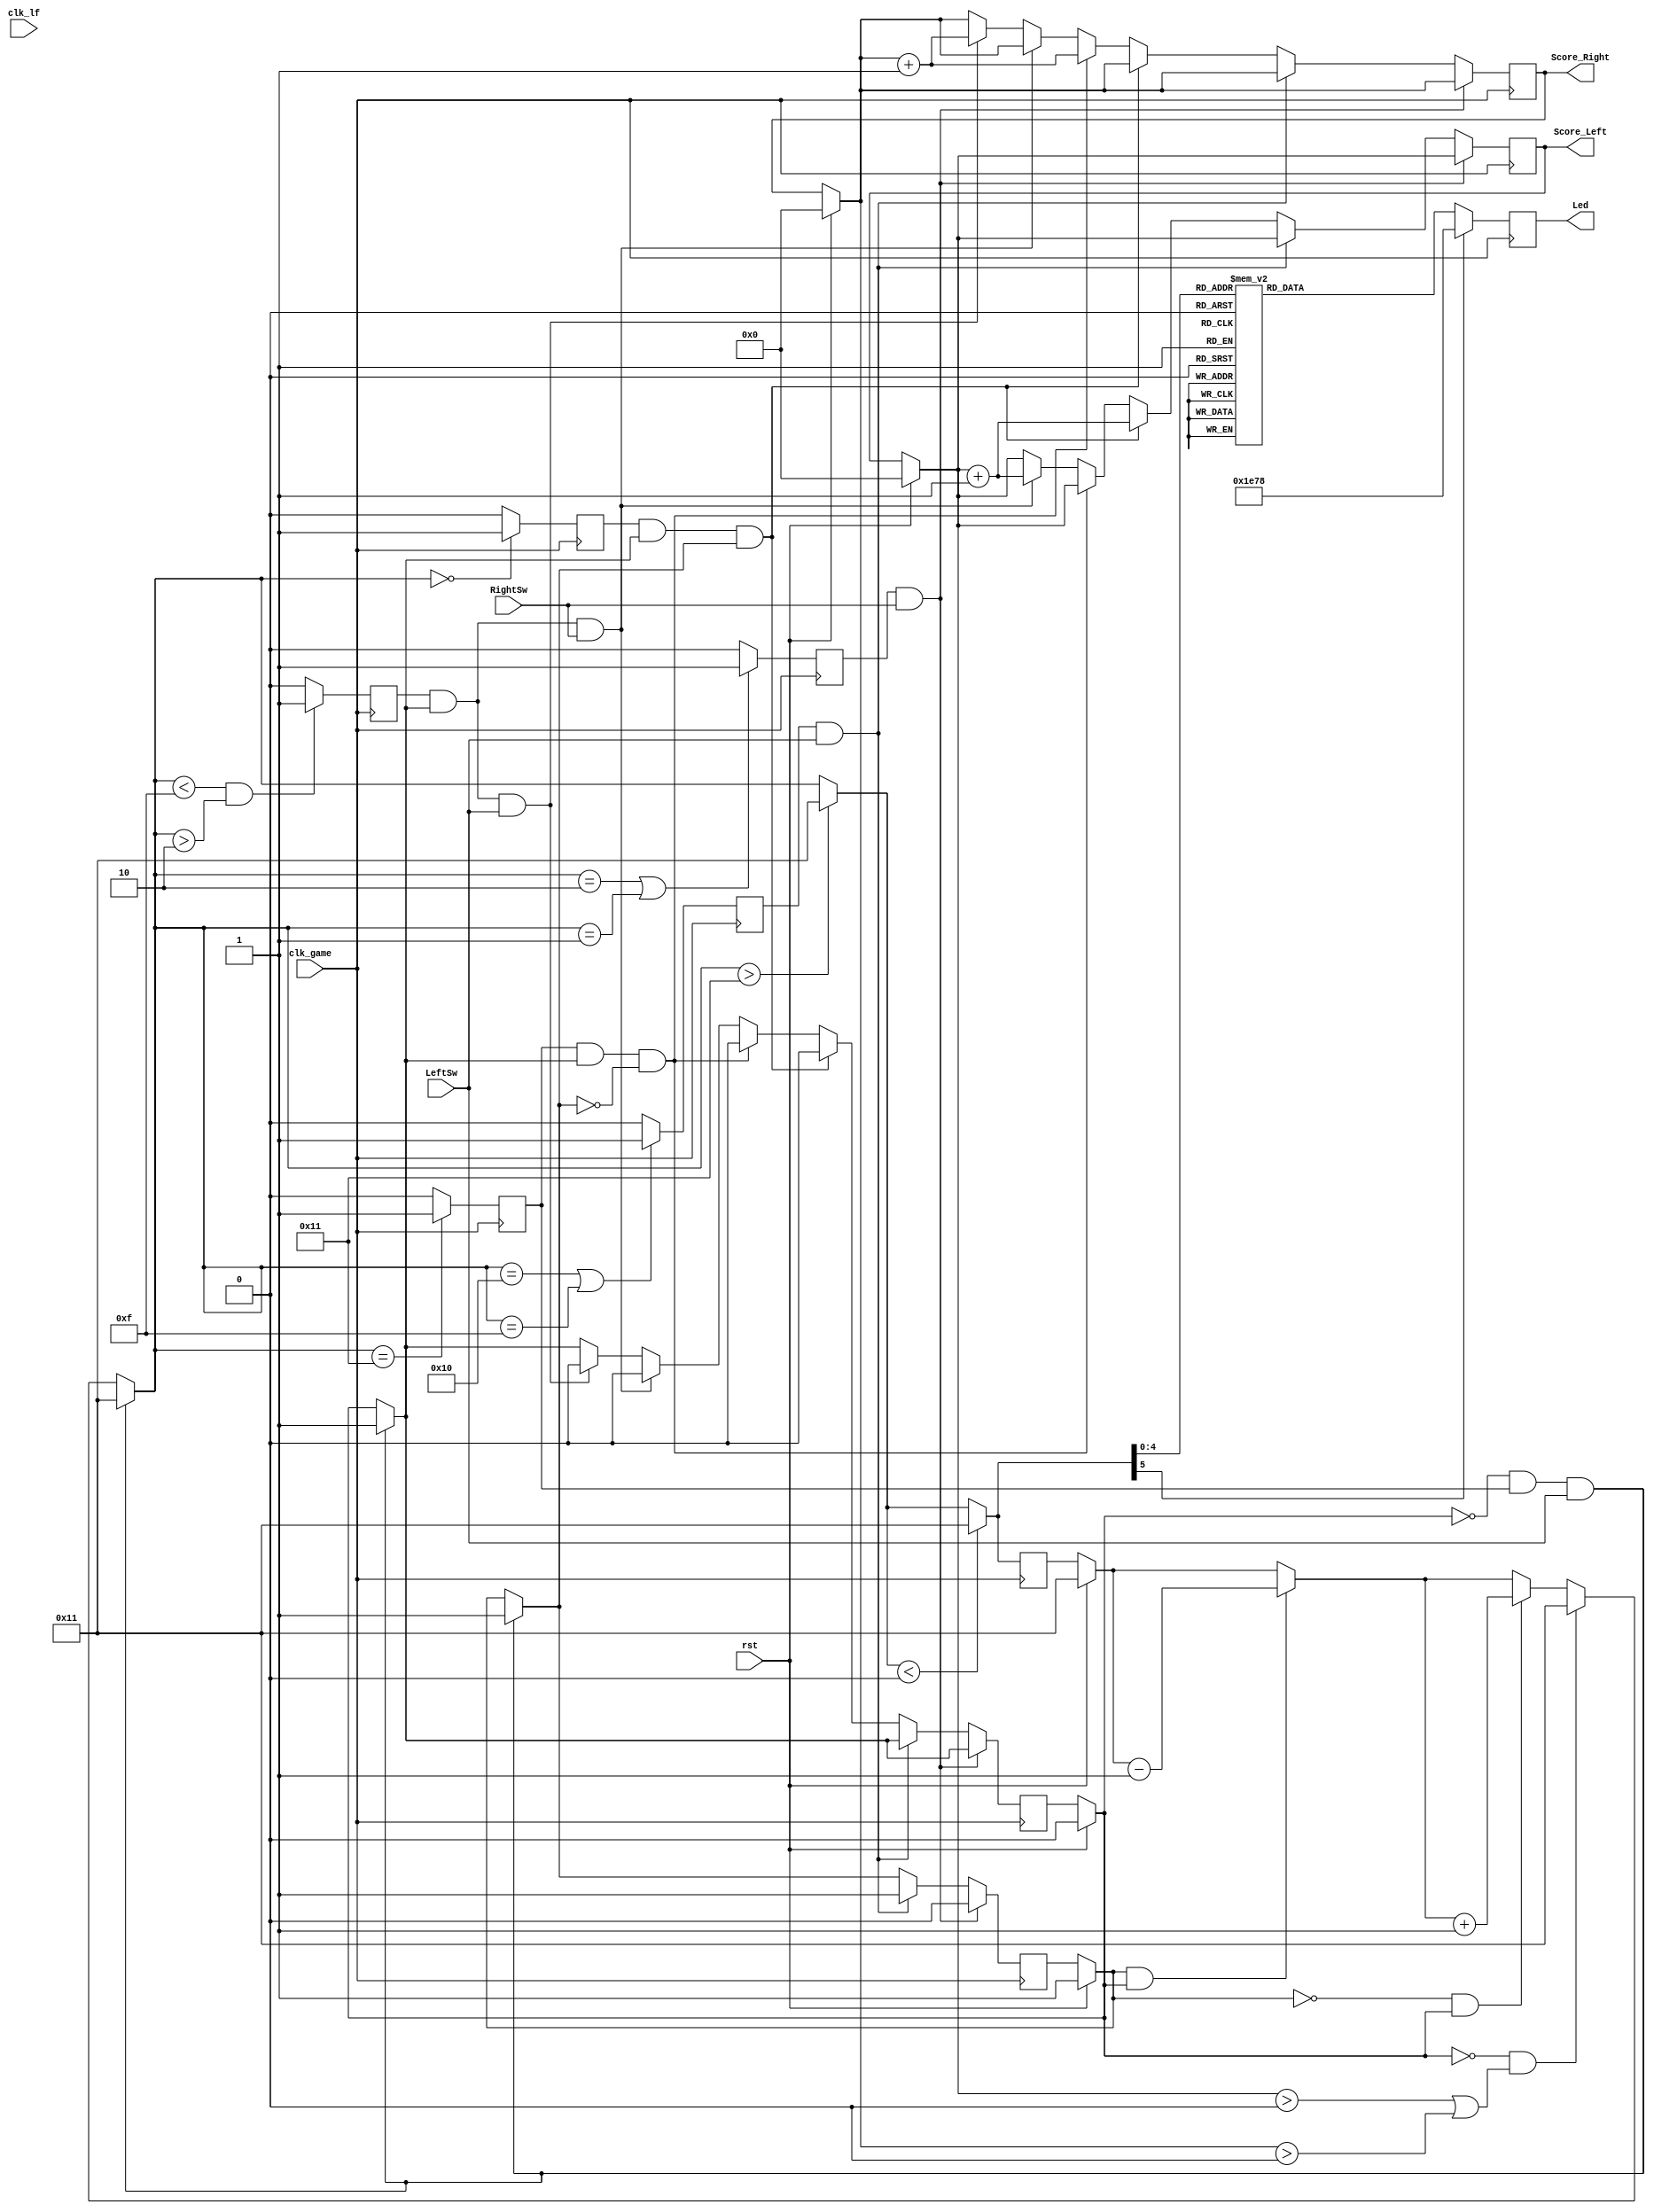
module lamp_handball(clk_lf,clk_game,rst,LeftSw,RightSw,Led,Score_Left,Score_Right );
input clk_game,rst,LeftSw,RightSw,clk_lf;
output   [15:0]Led;
output [3:0] Score_Left,Score_Right;

reg GameDirection;       // 1 = >  :   0 = <  
reg GameStart;
reg LeftBorder; 
reg RightBorder; 
reg LeftPass;
reg RightPass;
reg Center;
reg [5:0]Counter;
reg [3:0] score_Left,score_Right;
reg [15:0]led;
    

  initial 
  begin 
                Counter=17;
                GameStart=0; 
                GameDirection=1;
                score_Right=0;
                score_Left=0;
  end 
//     always @(posedge clk_lf)
//     begin 
//     if(rst==1)
//     begin
//              Counter=17;
//              GameStart=0; 
//              GameDirection=1;
//              score_Right=0;
//              score_Left=0;
//          end
//          end
          
       always @ (posedge clk_game ) // For Real   
    // always @ ( posedge clk_game or  posedge rst)      
begin
    if(rst==1)
    begin
        Counter=17;
        GameStart=0; 
        GameDirection=1;
        score_Right=0;
        score_Left=0;
    end
    if(GameDirection&GameStart)
        Counter=Counter-1;
    if(!GameDirection&GameStart)
       Counter=Counter+1;
       
       if(!GameStart&((score_Left>0)|(score_Right>0)))
       begin 
               Counter =17;
               
       end 
       
    
    if(~GameStart&LeftBorder&LeftSw)             
    begin
        GameStart=1; 
        GameDirection=1;
        Counter =17;
    end
    
    if(RightPass&RightSw)
        GameDirection=0;

    else if(LeftPass&LeftSw)
        GameDirection=1;
    
    else if (RightBorder&GameStart&GameDirection)
    begin
        score_Left=score_Left+1; 
        GameStart=0;
       end   
    else if (LeftBorder&GameStart&!GameDirection)                 
    begin
        score_Right=score_Right +1; 
        GameStart=0;
    end
    
    else if (Center&GameStart&RightSw)
    begin
        score_Left=score_Left+1; 
        GameStart=0;
    end
   else if(Center&GameStart&LeftSw)
    begin
        score_Right=score_Right +1; 
        GameStart=0;
     end                                               
   
 
//                                               LeftBorder  LeftPass    Center      RightPass   RightBorder
// Counter                                          17         16-15   14-------3       2-1          0


    if(Counter==17)  LeftBorder=1;
    else             LeftBorder=0;
    if (Counter==0)  RightBorder=1;
    else             RightBorder=0;
    
    
    if(Counter==16|Counter==15) LeftPass=1;
    else                        LeftPass=0;
    
    if(Counter==2|Counter==1)   RightPass=1;
    else                        RightPass=0;
    
    if(Counter<15&Counter>2)  Center=1;
    else                        Center=0;
    
    if(Counter>17)  Counter=17;
       if(Counter<0)  Counter=17;
                                  
                                  
     case(Counter)
          0:  led=16'b0000000000000001;//'b0001111111111000;
          1:  led=16'b0000000000000001;
          2:  led=16'b0000000000000010;
          3:  led=16'b0000000000000100;
          4:  led=16'b0000000000001000;
          5:  led=16'b0000000000010000;
          6:  led=16'b0000000000100000;
          7:  led=16'b0000000001000000;
          8:  led=16'b0000000010000000;
          9:  led=16'b0000000100000000;
          10: led=16'b0000001000000000;
          11: led=16'b0000010000000000;
          12: led=16'b0000100000000000;
          13: led=16'b0001000000000000;
          14: led=16'b0010000000000000;
          15: led=16'b0100000000000000;
          16: led=16'b1000000000000000;
          17: led=16'b1000000000000000; //'b0001111111111000;
     default: led=16'b0001111001111000;
          endcase
                                  

end
    //counter_to_led u1(Counter,clk_game,led);
assign Led=led; 
assign Score_Left  = score_Left;
assign Score_Right = score_Right;

endmodule